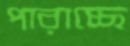
পারাচ্ছে